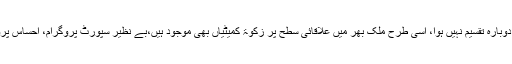
ان کے توسط سے راشن مستحق گھروں میں دیا جاسکتا تھا، اس طرح باقاعدہ اندارج بھی ہوتا کہ راشن دوبارہ تقسیم نہیں ہوا، اسی طرح ملک بھر میں علاقائی سطح پر زکوۃ کمیٹیاں بھی موجود ہیں،بے نظیر سپورٹ پروگرام، احساس پروگرام کے تحت بھی مکمل ڈیٹا ان اداروں کے پاس موجود ہیں، ان کی اجتماعی ٹیم بنا ئی جاسکتی تھی۔